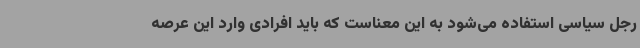
رجل سیاسی استفاده می‌شود به این معناست که باید افرادی وارد این عرصه